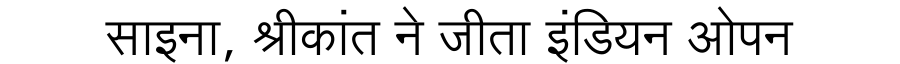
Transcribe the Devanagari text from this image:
साइना, श्रीकांत ने जीता इंडियन ओपन